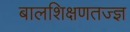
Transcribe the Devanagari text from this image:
बालशिक्षणतज्ज्ञ